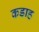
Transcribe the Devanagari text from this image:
कडाह